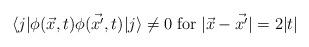
LaTeX: \begin{align*}\langle j| \phi(\vec{x},t)\phi(\vec{x'},t) |j \rangle \not= 0 \; \mbox{for} \; |\vec{x}-\vec{x'}| = 2|t|\end{align*}